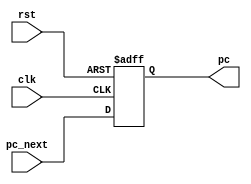
module pcc 
	(
		input clk, rst,
		input [31:0] pc_next,
		output reg [31:0] pc
	);
     
     always @(posedge clk or posedge rst)
        if(rst)
        	pc <= 32'b0;
        else
        	pc <= pc_next;
endmodule